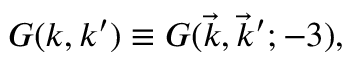
G ( k , k ^ { \prime } ) \equiv G ( \vec { k } , \vec { k } ^ { \prime } ; - 3 ) ,